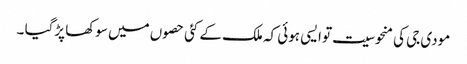
مودی جی کی منحوسیت تو ایسی ہوئی کہ ملک کے کئی حصوں میں سوکھا پڑگیا ۔